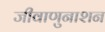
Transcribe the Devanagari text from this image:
जीवाणुनाशन